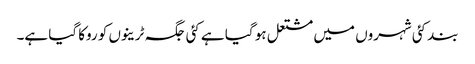
بند کئی شہروں میں مشتعل ہو گیا ہے کئی جگہ ٹرینوں کو روکا گیا ہے۔